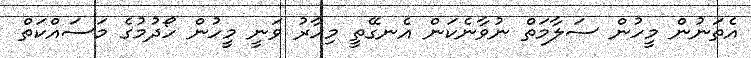
އެތަނުން މީހުން ސަލާމަތް ނުވާނެކަން އެނގޭތީ މިހާރު ވަނީ މީހުން ހޯދުމުގެ މަސައްކަތް